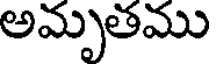
అమృతము